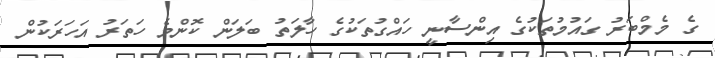
ގެ މެމްބަރު ގައުމުތަކުގެ އިންސާނީ ހައްގުތަކުގެ ހާލަތު ބަލަން ކޮންމެ ހަތަރު އަހަރަކުން